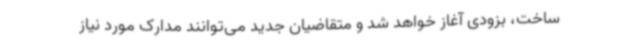
ساخت، بزودی آغاز خواهد شد و متقاضیان جدید می‌توانند مدارک مورد نیاز